Report of the Hyderabad Chloroform Commission
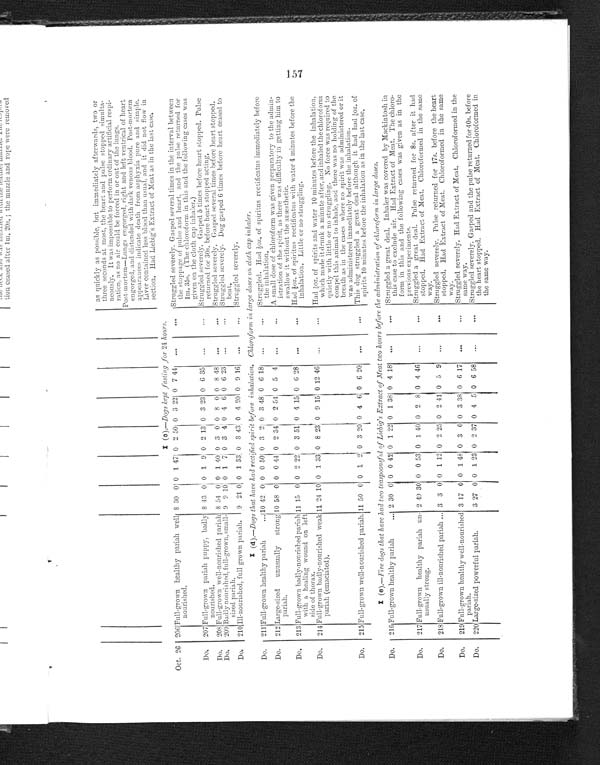
as quickly as possible, but immediately afterwards, two or
three seconds at most, the heart and pulse stopped simulta
-
neously. It was impossible to perform ordinary artificial respi
-
ration, as no air could be forced in or out of the lungs.
Post-mortem—Lungs engorged, right and left ventrical of heart
engorged, and distended with dark venous blood. Post-mortem.
appearances indicate death from asphyxia pure and simple.
Liver contained less blood than usual, and it did not flow in
section. Had Liebig's Extract of Meat as in the last case.
I (c).—Dogs kept fasting for 24 hours.
Oct. 26 206 Full-grown healthy pariah well
nourished.
8 30 0 0 1 47 0 2 50 0 3 22 0 7 44
...
...
Struggled severely. Gasped several times in the interval between
the stoppage of pulse and heart, and the pulse returned for
lm. 35s. (The chloroform in this and the following cases was
given on the cloth cap inhaler.)
Do.
207 Full-grown pariah puppy, badly
nourished.
8 43 0 0 1 9 0 2 13 0 3 23 0 6 35
...
. . .
Struggled severely. Gasped 5 times before heart stopped. Pulse
returned for 30s. before heart stopped acting.
Do.
208 Full-grown well-nourished pariah 8 54 0 0 1 40 0 3 0 0 8 0
0 8 48
...
...
Struggled severely. Gasped several times before heart stopped.
Do.
209 Badly nourished, full-grown, small-
sized pariah
9 9 10 0 1 7 0 3 4 0 4 6 0 6 23
...
. . .
Struggled severely. Dog gasped 6 times before heart ceased to
beat.
Do.
210 Ill-nourished, full grown pariah.
9 21 0 0 1 33 0 3 43 0 4 20 0 9 16 .
...
...
Struggled severely.
I (d ).—Dogs that hare had rectified spirit before inhalation. Chl or of or m i n l ar ge doses on cl ot h cap i nhal er .
Do.
211 Full-grown healthy pariah
... 10 42 0 0 0 50 0 3 2 0 3 48 0 6 18
...
. . .
Struggled. Had ½oz. of spiritns rectificatus immediately before
the inhalation.
Do.
212 Large-sized
unusually
strong
pariah.
10 58 0 0 0 44 0 2 34 0 2 54 0 5 4
. . .
...
A small dose of chloroform was given preparatory to the admin
-
istration of the spirit, as there was difficulty in getting him to
swallow it without the anæsthetic.
Do.
213 Full-grown badly-nourished pariah
with a healing wound on left
side of thorax.
11 15 0 0 2 22 0 3 51 0 4 15 0 6 28
...
. . .
Had ½oz. of spiritus rectificatus with water 4 minutes before the
inhalation. Little or no struggling.
Do.
214 Full-grown badly-nourished weak
pariah (emaciated).
11 24 10 0 1 33 0 8 23 0 9 15 0 12 46
...
...
Had ½oz. of spirits and water 10 minutes before the inhalation,
which made it drunk a minute after, and inhaled the chloroform
quietly with little or no struggling. No force was required to
compel this animal to inhale, and there was no holding of the
breath as in the cases where no spirit was administered or it
was administered immediately before the inhalation.
Do.
215 Full-grown well-nourished pariah. 11 50 0 0 1 2 0 3 20 0 4 6 0 6 20
...
. . .
This dog struggled a great deal although it had had ½oz. of
spirits 10 minutes before the inhalation as in the last case.
I(e).—Fire dogs that hare had two teaspoonsful of Liebig's Extract of Meat twohours before the administration of chloroform in large doses.
Do.
216 Full-grown healthy pariah
... 2 30 0 0 0 42 0 1 22 0 1 38 0 4 18
...
Struggled a great deal. Inhaler was covered by Mackintosh in
this case to exclude air. Had Extract of Meat. The chloro
-
form in this and the following cases was given as in the
previous experiments.
Do.
217 Full-grown healthy pariah un-
usually strong.
2 49 30 0 0 53 0 1 40 0 2 8 0 4 46
...
...
Struggled a great deal. Pulse returned for 8s. after it had
stopped. Had Extract of Meat. Chloroformed in the same
way.
Do.
218 Full-grown ill-nourished pariah ... 3 3 0 0 1 12 0 2 25 0 2 41 0 5 9
...
. . .
Struggled severely. Pulse returned for 17s. before the heart
stopped. Had Extract of Meat. Chloroformed in the same
way.
Do.
219 Full-grown healthy well-nourished
pariah.
3 17 0 0 1 48 0 3 0 0 3 38 0 6 17
...
...
Struggled severely. Had Extract of Meat. Chloroformed in the
same way.
Do.
2 2 0
Large-sized powerful pariah.
3 27 0 0 1 23 0 2 37 0 4 5 0 6 58
..
...
Struggled severely. Gasped and the pulse returned for 40s. before
the heart stopped. Had. Extract of Meat. Chloroformed in
the same way.
Cn